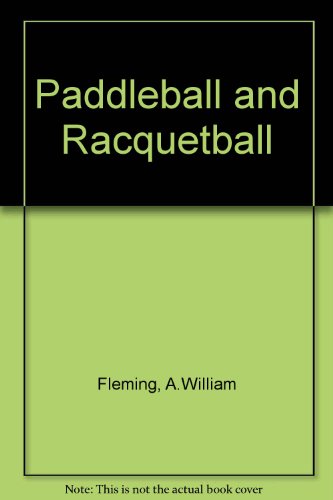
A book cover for Paddleball and racquetball (Goodyear physical activities series); A. William Fleming; Sports & Outdoors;